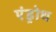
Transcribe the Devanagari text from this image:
एंड्रोथ